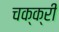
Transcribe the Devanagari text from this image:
चक्क्री